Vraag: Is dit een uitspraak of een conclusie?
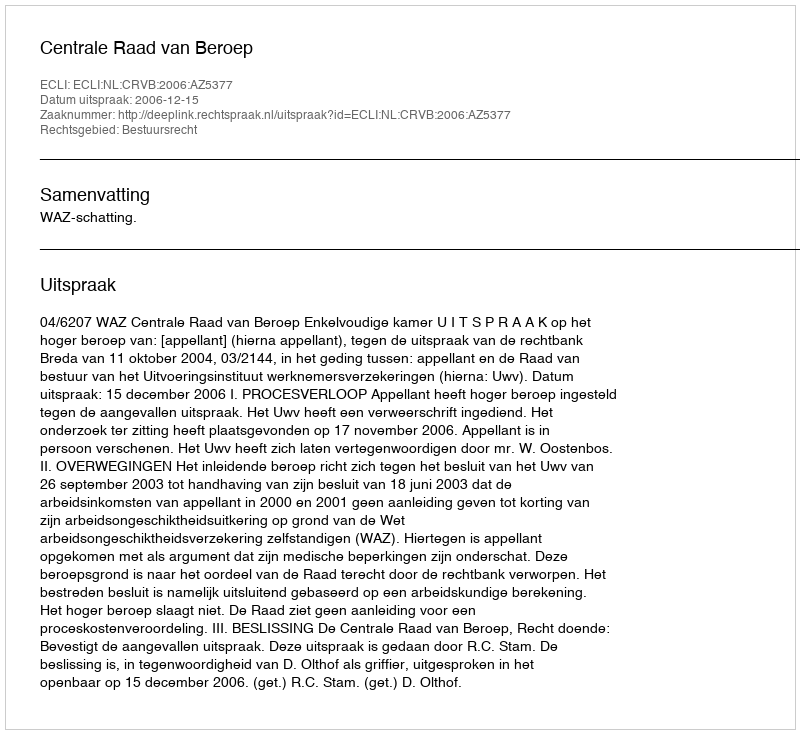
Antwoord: Uitspraak